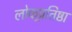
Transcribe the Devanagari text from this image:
लोकप्र्रतिष्ठा